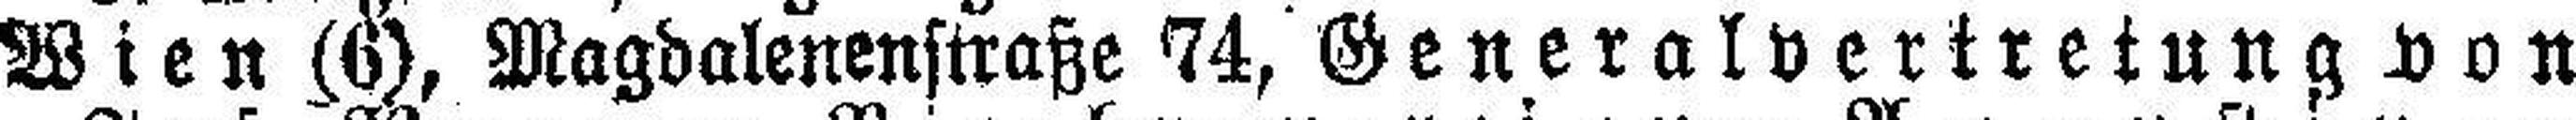
Wien (6), Magdalenenstraße 74, Generalvertretung von